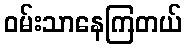
ဝမ်းသာနေကြတယ်